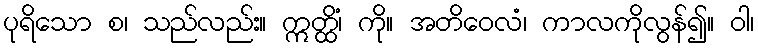
ပုရိသော စ၊ သည်လည်း။ ဣတ္ထိံ၊ ကို။ အတိဝေလံ၊ ကာလကိုလွန်၍။ ဝါ၊